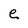
Character: e